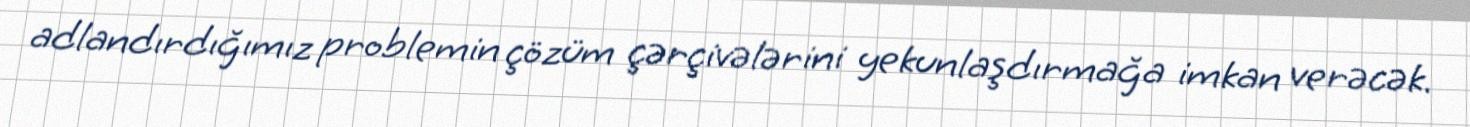
adlandırdığımız problemin çözüm çərçivələrini yekunlaşdırmağa imkan verəcək.